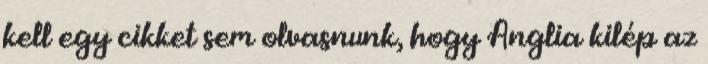
kell egy cikket sem olvasnunk, hogy Anglia kilép az